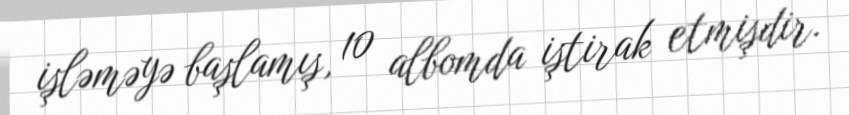
işləməyə başlamış, 10 albomda iştirak etmişdir.